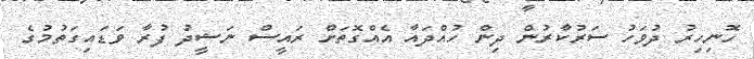
ހޮނިހިރު ދުވަހު ސަރުކާރުން ދިން ހުއްދައާ އެއްގޮތަށް ރައީސް ނަޝީދު ފުރާ ވަޑައިގަތުމުގެ